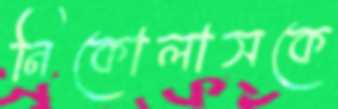
নিকোলাসকে